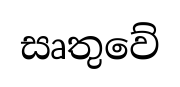
සෘතුවේ